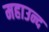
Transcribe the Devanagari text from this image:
महाउन्द